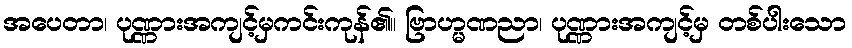
အပေတာ၊ ပုဏ္ဏားအကျင့်မှကင်းကုန်၏။ ဗြာဟ္မဏညာ၊ ပုဏ္ဏားအကျင့်မှ တစ်ပါးသော